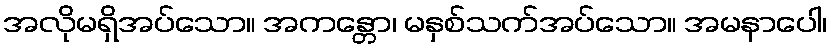
အလိုမရှိအပ်သော။ အကန္တော၊ မနှစ်သက်အပ်သော။ အမနာပေါ၊